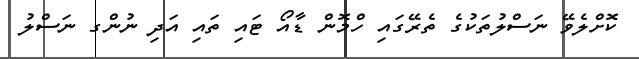
ކޮށްލެވޭ ނަސްލުތަކުގެ ތެރޭގައި ހްމޮން ޑާއޯ ޓައި ތައި އަދި ނުންގ ނަސްލު